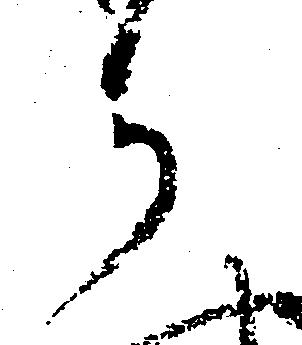
か